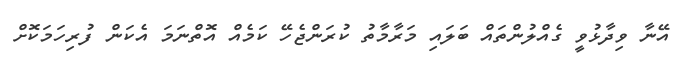
އޭނާ ވިދާޅުވީ ގެއްލުންތައް ބަލައި މަރާމާތު ކުރަންޖެހޭ ކަމެއް އޮތްނަމަ އެކަން ފުރިހަމަކޮށް